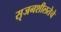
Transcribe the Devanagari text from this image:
सृजनशीलतेचे